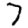
Digit: 7